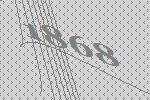
1868